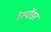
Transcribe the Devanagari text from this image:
रेस्पोंडर